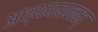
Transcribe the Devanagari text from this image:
अध्यययनम्